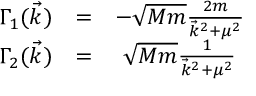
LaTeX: \begin{array} { c c c } { { \Gamma _ { 1 } ( \vec { k } ) } } & { { = } } & { { - \sqrt { M m } \frac { 2 m } { \vec { k } ^ { 2 } + \mu ^ { 2 } } } } \\ { { \Gamma _ { 2 } ( \vec { k } ) } } & { { = } } & { { \sqrt { M m } \frac { 1 } { \vec { k } ^ { 2 } + \mu ^ { 2 } } } } \end{array}